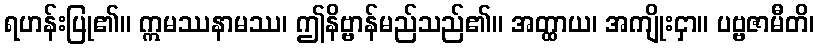
ရဟန်းပြု၏။ ဣမဿနာမဿ၊ ဤနိဗ္ဗာန်မည်သည်၏။ အတ္ထာယ၊ အကျိုးငှာ။ ပဗ္ဗဇာမီတိ၊